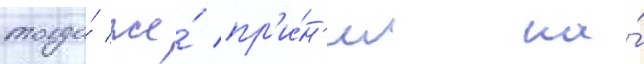
тогда́ же́ пр'и́н'ял на́